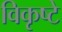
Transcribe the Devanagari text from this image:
विकृष्टे